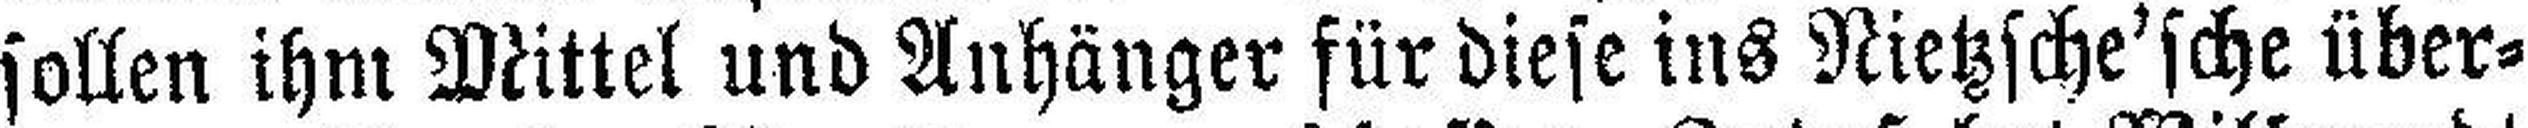
sollen ihm Mittel und Anhänger für diese ins Nietzsche'sche über¬